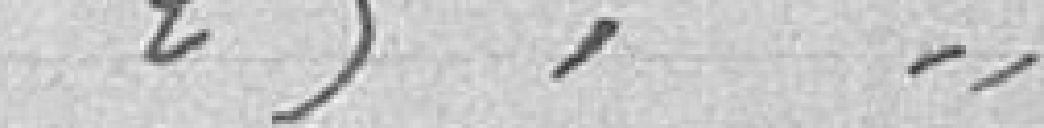
25